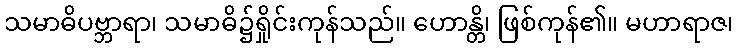
သမာဓိပဗ္ဘာရာ၊ သမာဓိ၌ရှိုင်းကုန်သည်။ ဟောန္တိ၊ ဖြစ်ကုန်၏။ မဟာရာဇ၊